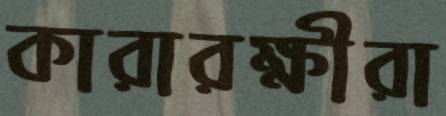
কারারক্ষীরা